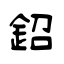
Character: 鉊